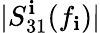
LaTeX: |S_{31}^{\mathbf{i}}(f_{\mathbf{i}})|